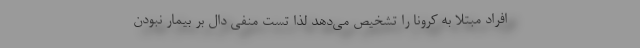
افراد مبتلا به کرونا را تشخیص می‌دهد لذا تست منفی دال بر بیمار نبودن